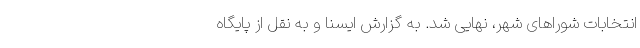
انتخابات شوراهای شهر، نهایی شد. به گزارش ایسنا و به نقل از پایگاه